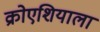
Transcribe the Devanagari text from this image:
क्रोएशियाला